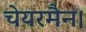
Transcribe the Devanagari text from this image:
चेयरमैन।